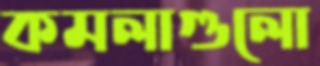
কমলাগুলো